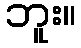
ဘူး။